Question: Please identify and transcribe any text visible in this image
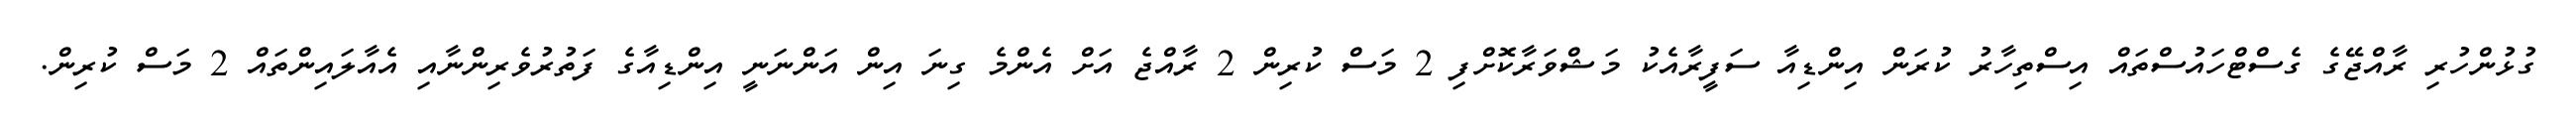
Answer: ގުޅުންހުރި ރާއްޖޭގެ ގެސްޓްހައުސްތައް އިސްތިހާރު ކުރަން އިންޑިއާ ސަފީރާއެކު މަޝްވަރާކޮށްފި 2 މަސް ކުރިން 2 ރާއްޖެ އަށް އެންމެ ގިނަ އިން އަންނަނީ އިންޑިއާގެ ފަތުރުވެރިންނާއި އެއާލައިންތައް 2 މަސް ކުރިން.